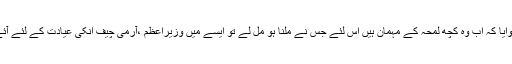
گورنر جنرل غلام محمد جب بستر علالت پر تھے تو معالج نے پیغام بھیجوایا کہ اب وُہ کچھ لمحہ کے مہمان ہیں اس لئے جس نے ملنا ہو مل لے تو ایسے میں وزیراعظم ،آرمی چیف اُنکی عیادت کے لئے آئے پہلے تو وُہ بے ہوشی کے عالم میں تھے لیکن بعد میں ہوش میں آگئے ۔